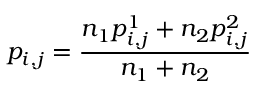
p _ { i , j } = \frac { n _ { 1 } p _ { i , j } ^ { 1 } + n _ { 2 } p _ { i , j } ^ { 2 } } { n _ { 1 } + n _ { 2 } }